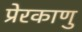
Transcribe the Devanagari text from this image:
प्रेरकाणु